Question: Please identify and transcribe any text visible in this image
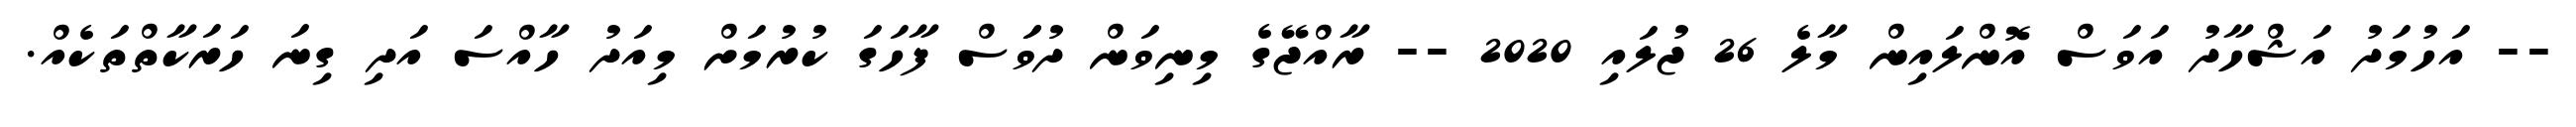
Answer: -- އަހުމަދު އަޝްހާދު އަވަސް އޮންލައިން މާލެ 26 ޖުލައި 2020 -- ރާއްޖޭގެ މިނިވަން ދުވަަސް ފާހަގަ ކުރުމަށް މިއަދު ހާއްސަ އަދި ގިނަ ހަރަކާތްތަކެއް.